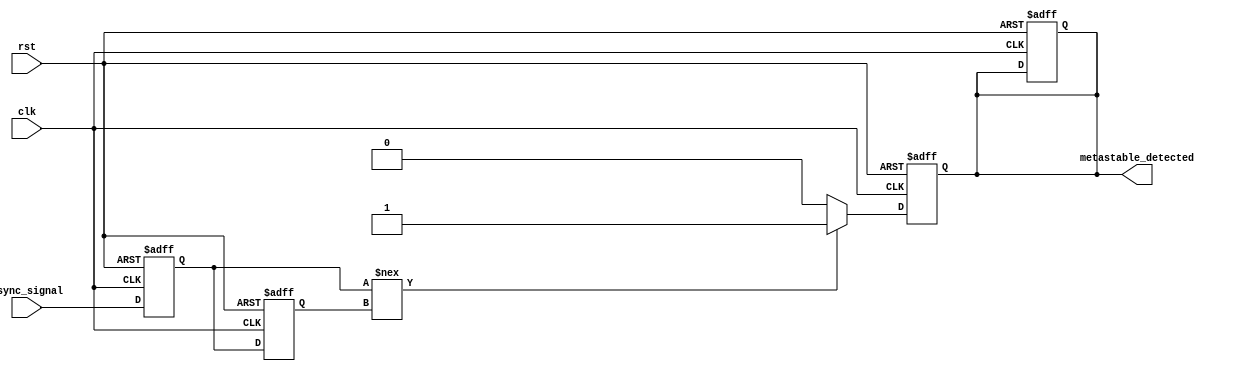
module MetastabilityDetector (
    input wire clk,                // Clock signal
    input wire rst,                // Reset signal
    input wire async_signal,       // Asynchronous input signal
    output reg metastable_detected // Metastability detection output
);

    // Internal signals for latch outputs
    reg latch1_out;
    reg latch2_out;

    // Latch sampling process
    always @(posedge clk or posedge rst) begin
        if (rst) begin
            latch1_out <= 1'b0; // Reset latch1
            latch2_out <= 1'b0; // Reset latch2
            metastable_detected <= 1'b0; // Clear detection output
        end else begin
            latch1_out <= async_signal; // Sample input signal
            latch2_out <= latch1_out;    // Sample output of latch1
        end
    end

    // Metastability detection logic
    always @(posedge clk or posedge rst) begin
        if (rst) begin
            metastable_detected <= 1'b0; // Reset detection output
        end else begin
            // Check if latch1 and latch2 are different, indicating a metastable condition
            if (latch1_out !== latch2_out) begin // Use !== to detect metastability
                metastable_detected <= 1'b1; // Metastability detected
            end else begin
                metastable_detected <= 1'b0; // No metastability detected
            end
        end
    end

endmodule